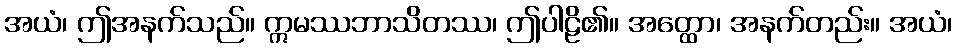
အယံ၊ ဤအနက်သည်။ ဣမဿဘာသိတဿ၊ ဤပါဠိ၏။ အတ္ထော၊ အနက်တည်း။ အယံ၊